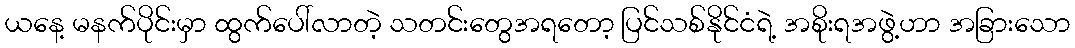
ယနေ့ မနက်ပိုင်းမှာ ထွက်ပေါ်လာတဲ့ သတင်းတွေအရတော့ ပြင်သစ်နိုင်ငံရဲ့ အစိုးရအဖွဲ့ဟာ အခြားသော